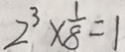
2 ^ { 3 } \times \frac { 1 } { 8 } = 1